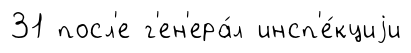
31 посл'е г'ен'ера́л инсп'е́кциjи